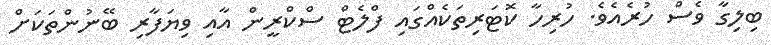
ބިލިގާ ވެސް ހުރެއެވެ. ހުރިހާ ކޮޓަރިތަކެއްގައި ފްލެޓް ސްކްރީން އާއި ވިޔަފާރި ބޭނުންތަކަށް